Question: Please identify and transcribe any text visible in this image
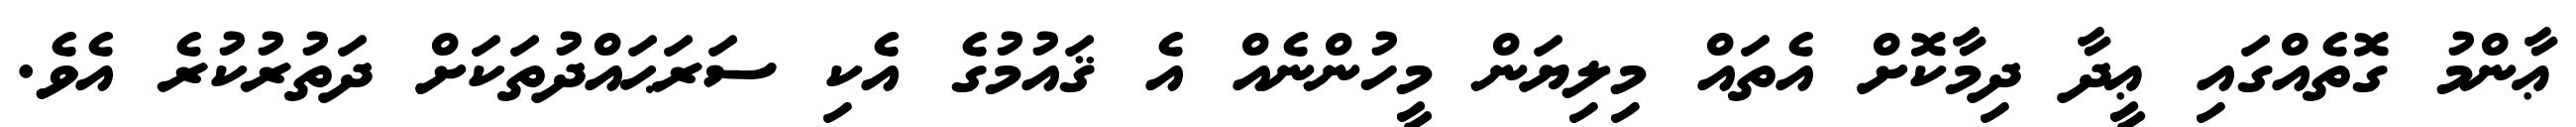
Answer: ޢާންމު ގޮތެއްގައި ޢީދާ ދިމާކޮށް އެތައް މިލިޔަން މީހުންނެއް އެ ޤައުމުގެ އެކި ސަރަޙައްދުތަކަށް ދަތުރުކުރެ އެވެ.